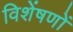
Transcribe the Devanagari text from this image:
विशेंषणों